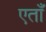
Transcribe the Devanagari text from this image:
एताँ